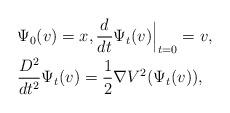
LaTeX: \begin{align*}&\Psi_0(v)=x, \frac{d}{dt}\Psi_t(v)\Big|_{t=0}=v,\\&\frac{D^2}{dt^2}\Psi_t(v)=\frac{1}{2}\nabla V^2(\Psi_t(v)), \end{align*}